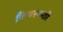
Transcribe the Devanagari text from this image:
विन्यस्यन्ती